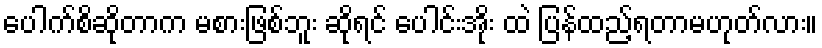
ပေါက်စိဆိုတာက မစားဖြစ်ဘူး ဆိုရင် ပေါင်းအိုး ထဲ ပြန်ထည့်ရတာမဟုတ်လား။